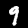
Digit: 9